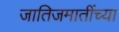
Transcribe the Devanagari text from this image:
जातिजमातींच्या